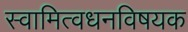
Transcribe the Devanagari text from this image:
स्वामित्वधनविषयक